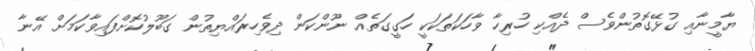
ޔާމީނާއި ގުޅޭގޮތުންވެސް ދެއްކި ހުރިހާ ވާހަކަތަކަކީ ހަގީގަތެއް ނޫންކަން ދިވެހިރައްޔިތުން ގަބޫލުކޮށްފައިވާކަމަށް އޭނާ